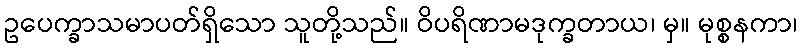
ဥပေက္ခာသမာပတ်ရှိသော သူတို့သည်။ ဝိပရိဏာမဒုက္ခတာယ၊ မှ။ မုစ္စနကာ၊